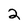
Character: 2